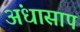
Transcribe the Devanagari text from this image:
अंधासाप